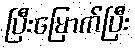
ပြီးမြောက်ပြီး